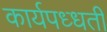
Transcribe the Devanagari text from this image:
कार्यपध्धती